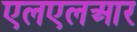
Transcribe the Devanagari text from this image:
एलएलआर